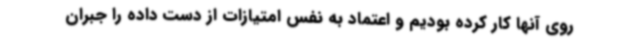
روی آنها کار کرده بودیم و اعتماد به نفس امتیازات از دست داده را جبران